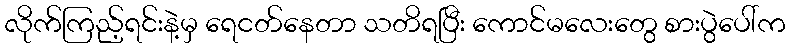
လိုက်ကြည့်ရင်းနဲ့မှ ရေငတ်နေတာ သတိရပြီး ကောင်မလေးတွေ စားပွဲပေါ်က